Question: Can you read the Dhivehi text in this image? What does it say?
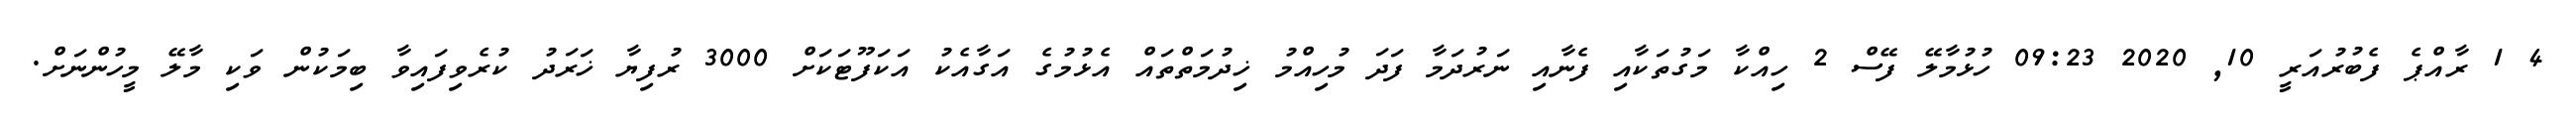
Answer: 4 1 ރާއްޕެ ފެބުރުއަރީ 10, 2020 09:23 ހުޅުމާލޭ ފޭސް 2 ހިއްކާ މަގުތަކާއި ފެނާއި ނަރުދަމާ ފަދަ މުހިއްމު ޚިދުމަތްތައް އެޅުމުގެ އަގާއެކު އަކަފޫޓަކަށް 3000 ރުފިޔާ ޚަރަދު ކުރެވިފައިވާ ބިމަކުން ވަކި މާލޭ މީހުންނަށް.